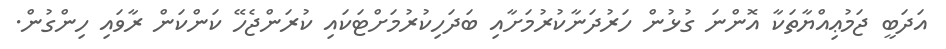
އަދަބީ ޖަމުޢިއްޔާތަކާ އޮންނަ ގުޅުން ހަރުދަނާކުރުމަށާއި ބަދަހިކުރުމަށްޓަކައި ކުރަންޖެހޭ ކަންކަން ރާވައި ހިންގުން.